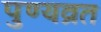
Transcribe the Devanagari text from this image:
पुण्यव्रत